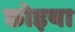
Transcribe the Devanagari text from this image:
छोइया